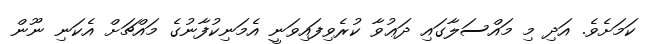
ކަމަށެވެ. އަދި މި މައްސަލާގައި ދަޢުވާ ކުރެވިފައިވަނީ އެމަނިކުފާނުގެ މައްޗަށް އެކަނި ނޫން